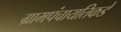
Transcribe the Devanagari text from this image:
ग्रामपंचायतिकडे